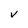
Character: v